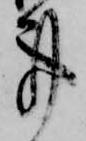
事